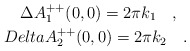
\begin{align*}\Delta A_1^{++}(0,0)=2\pi k_1\ \ \ ,\ \ \\Delta A_2^{++}(0,0)=2\pi k_2\ \ \ .\end{align*}